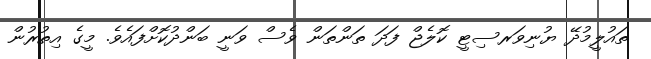
ތައުލީމުދޭ ޔުނިވަރސިޓީ ކޮލެޖް ފަދަ ތަންތަން ވެސް ވަނީ ބަންދުކޮށްފައެވެ. މީގެ އިތުރުން